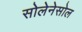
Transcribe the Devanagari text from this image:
सोलेनेसोल